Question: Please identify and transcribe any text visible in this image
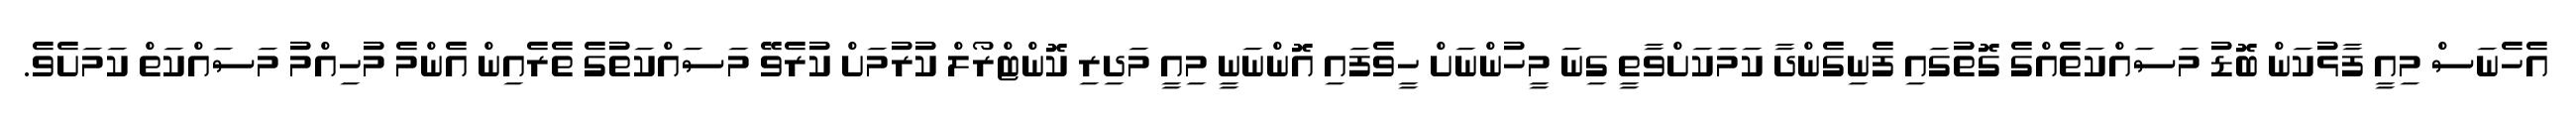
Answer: އެހެނަސް މިއީ ފާޅުކަން ބޮޑު މަސައްކަތެއްގެ ގޮތުގައި ފެނިގެންދާ ކަމަކަށްވާތީ ގިނަ މީހުންނަށް ހީވެފައި އޮންނަނީ މިއީ މަދިރި ކޮންޓްރޯލް ކުރުމަށް ކުރެވޭ މަސައްކަތުގެ ތެރެއިން އެންމެ މުހިއްމު މަސައްކަތް ކަމަށެވެ.